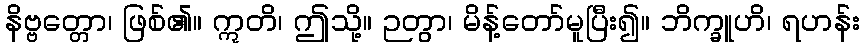
နိဗ္ဗတ္တော၊ ဖြစ်၏။ ဣတိ၊ ဤသို့။ ဉတွာ၊ မိန့်တော်မူပြီး၍။ ဘိက္ခူဟိ၊ ရဟန်း